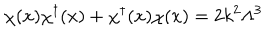
LaTeX: \chi ( x ) \chi ^ { \dagger } ( x ) + \chi ^ { \dagger } ( x ) \chi ( x ) = 2 k ^ { 2 } \Lambda ^ { 3 }